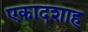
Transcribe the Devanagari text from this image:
एकादशाह